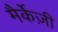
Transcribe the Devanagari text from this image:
मैर्केज़ी